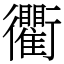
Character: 衢